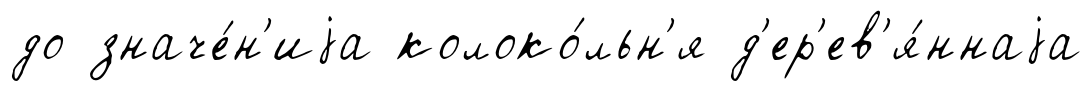
до значе́н'иjа колоко́льн'я д'ер'ев'я́ннаjа